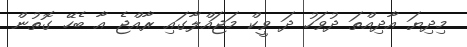
މިދިޔަ އާދިއްތަ ދުވަހު ދަ ވީކް މަޖައްލާގައި ރާއްޖެ އާ ބެހޭ ގޮތުން